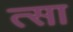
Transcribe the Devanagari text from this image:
त्सा